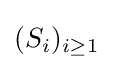
(S_{i})_{i\geq 1}